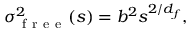
\sigma _ { \mathrm { ~ f ~ r ~ e ~ e ~ } } ^ { 2 } ( s ) = b ^ { 2 } s ^ { 2 / d _ { f } } ,